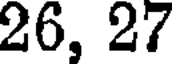
26, 27